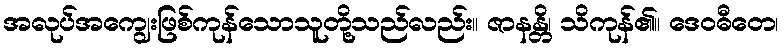
အလုပ်အကျွေးဖြစ်ကုန်သောသူတို့သည်လည်း။ ဇာနန္တိ၊ သိကုန်၏။ ဒေဝဓီတေ၊